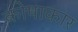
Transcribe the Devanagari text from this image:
कोषाकार